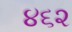
૪૬૨